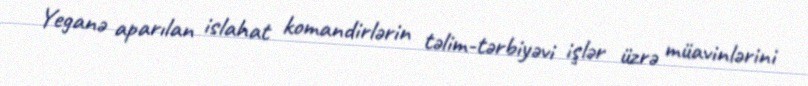
Yeganə aparılan islahat komandirlərin təlim-tərbiyəvi işlər üzrə müavinlərini